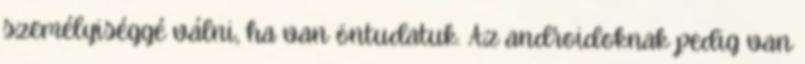
személyiséggé válni, ha van öntudatuk. Az androidoknak pedig van